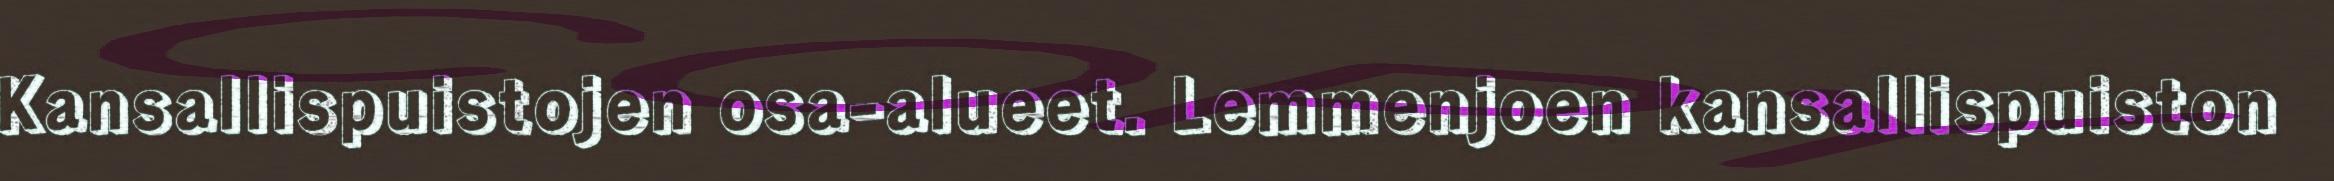
Kansallispuistojen osa-alueet. Lemmenjoen kansallispuiston